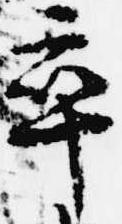
卒